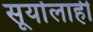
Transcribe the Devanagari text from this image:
सूर्यालाही